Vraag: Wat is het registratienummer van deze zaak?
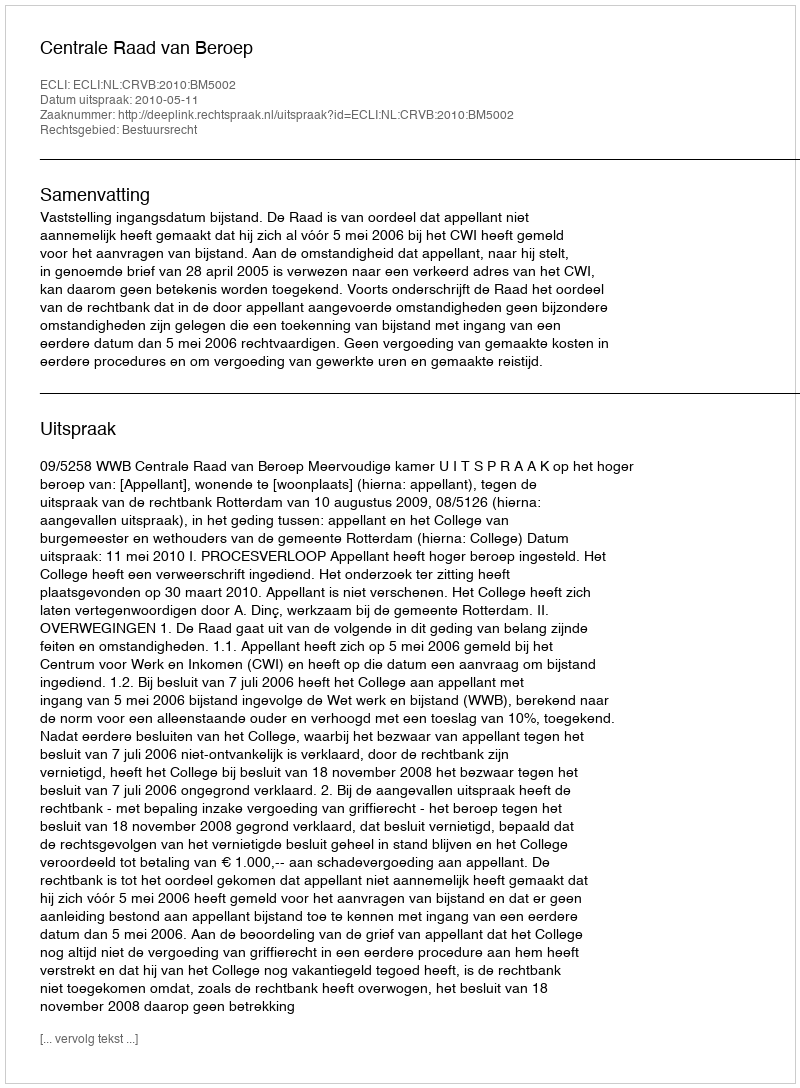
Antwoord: http://deeplink.rechtspraak.nl/uitspraak?id=ECLI:NL:CRVB:2010:BM5002